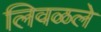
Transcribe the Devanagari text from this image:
लिवळले